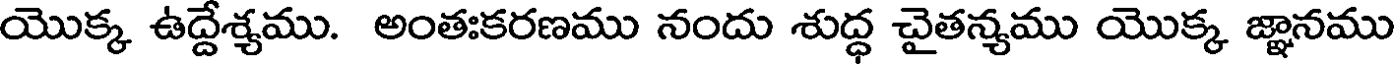
యొక్క ఉద్దేశ్యము. అంతఃకరణము నందు శుద్ధ చైతన్యము యొక్క జ్ఞానము